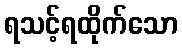
ရသင့်ရထိုက်သော